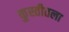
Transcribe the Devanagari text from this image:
कुस्तीतला